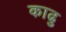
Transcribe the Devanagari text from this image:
काढु